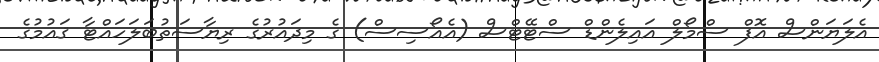
އެލަޔަންސް އޮފް ސްމޯލް އައިލެންޑް ސްޓޭޓްސް (އެއޯސިސް) ގެ މިދައުރުގެ ރިޔާސަތުބަލަހައްޓާ ޤައުމުގެ